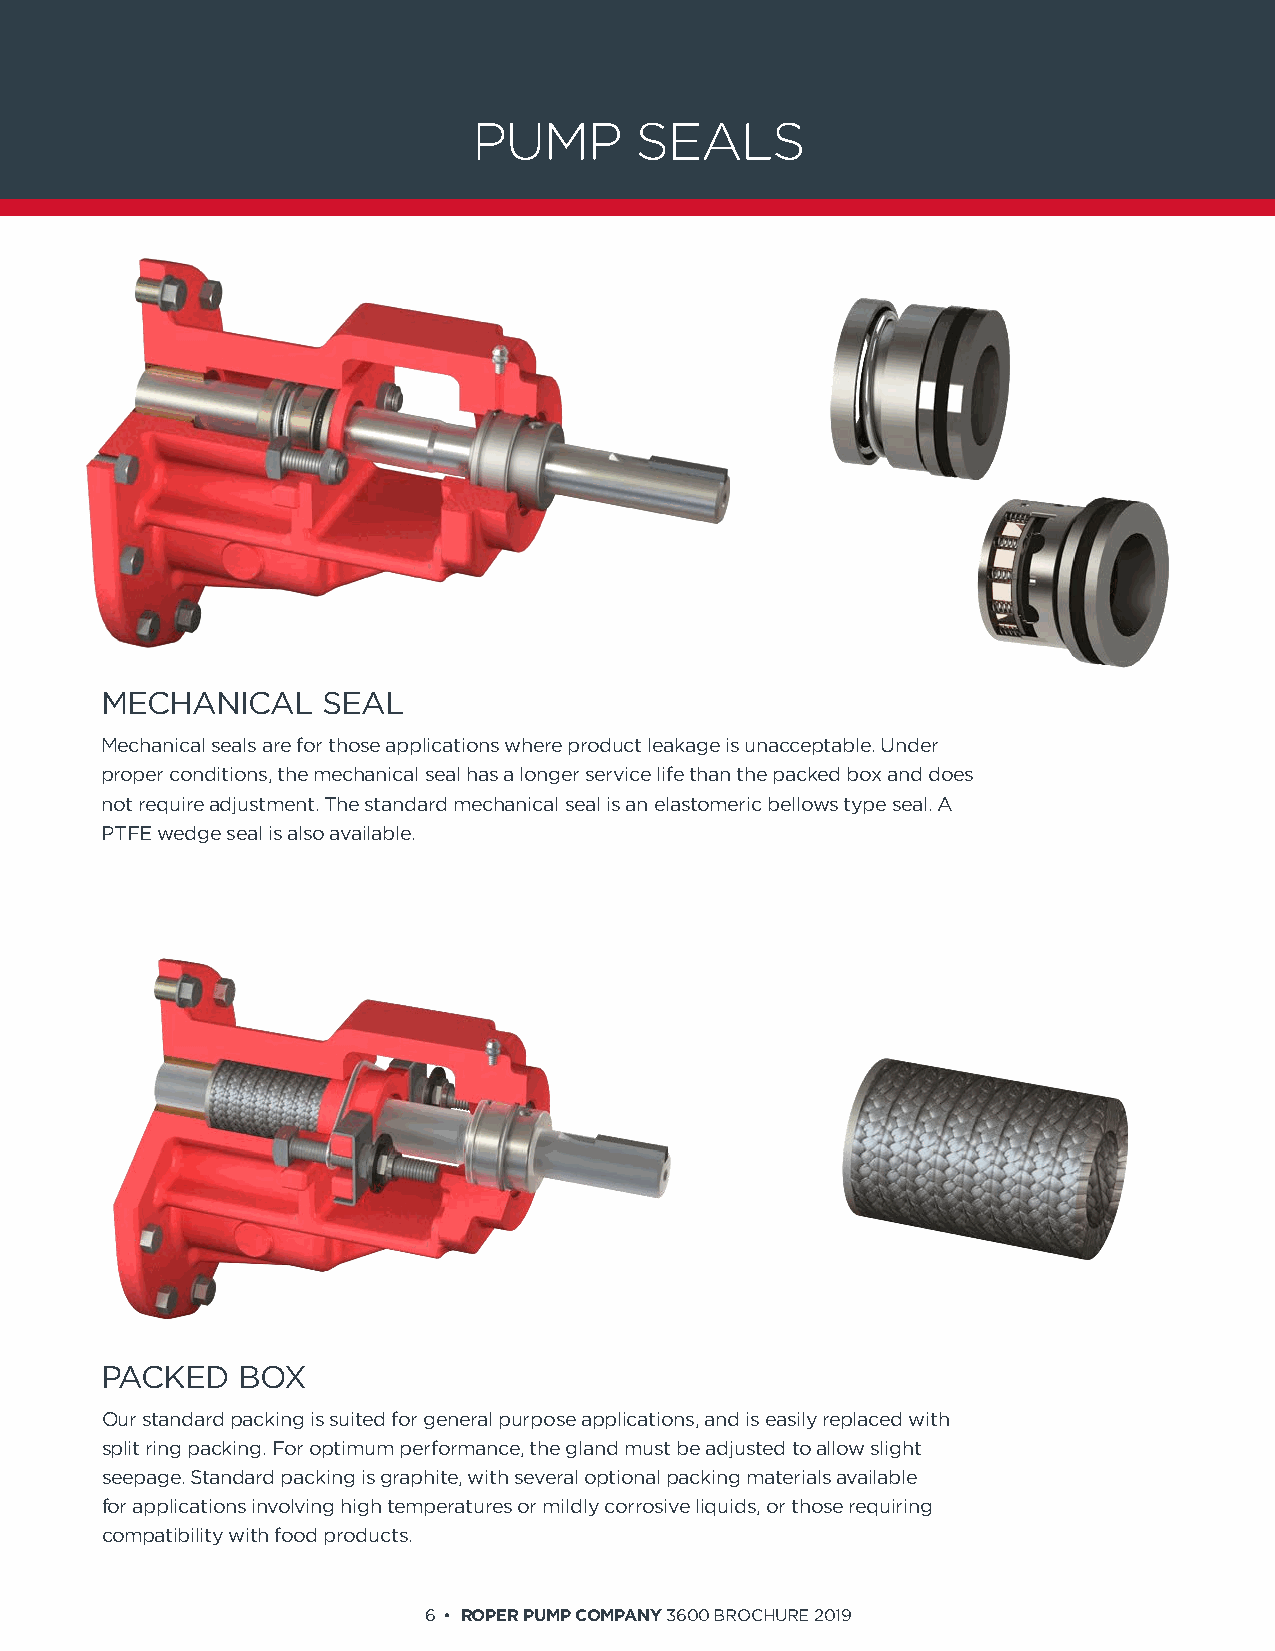
PUMP       SEALS
 MECHANICAL    SEAL
 Mechanical seals are for those applications where product leakage is unacceptable. Under
 proper conditions, the mechanical seal has a longer service life than the packed box and does
 not require adjustment. The standard mechanical seal is an elastomeric bellows type seal. A
 PTFE wedge seal is also available.
 PACKED   BOX
 Our standard packing is suited for general purpose applications, and is easily replaced with
 split ring packing. For optimum performance, the gland must be adjusted to allow slight
 seepage. Standard packing is graphite, with several optional packing materials available
 for applications involving high temperatures or mildly corrosive liquids, or those requiring
 compatibility with food products.
 6 • ROPER PUMP COMPANY 3600 BROCHURE 2019